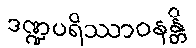
ဒဏ္ဍပရိဿာဝနန္တိ